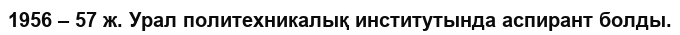
1956 – 57 ж. Урал политехникалық институтында аспирант болды.